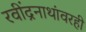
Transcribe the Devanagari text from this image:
रवींद्रनाथांवरही